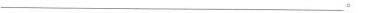
___.